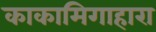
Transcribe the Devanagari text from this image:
काकामिगाहारा